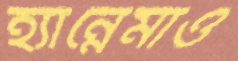
হ্যান্নেমাও